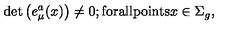
\mathrm { d e t } \left( e _ { \mu } ^ { a } ( x ) \right) \neq 0 ; \mathrm { f o r a l l p o i n t s } x \in \Sigma _ { g } ,